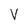
Character: V